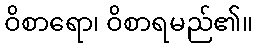
ဝိစာရော၊ ဝိစာရမည်၏။